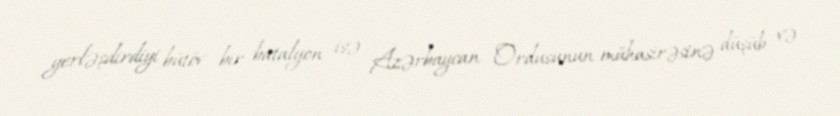
yerləşdirdiyi bütöv bir batalyon isə Azərbaycan Ordusunun mühasirəsinə düşüb və